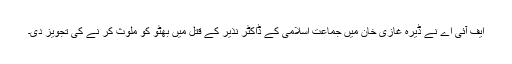
ایف آئی اے نے ڈیرہ غازی خان میں جماعت اسلامی کے ڈاکٹر نذیر کے قتل میں بھٹو کو ملوث کر نے کی تجویز دی۔